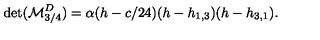
\det ( { \cal M } _ { 3 / 4 } ^ { D } ) = \alpha ( h - c / 2 4 ) ( h - h _ { 1 , 3 } ) ( h - h _ { 3 , 1 } ) { } .